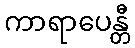
ကာရာပေန္တီ